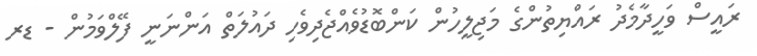
ރައީސް ވަހީދާމެދު ރައްޔިތުންގެ މަޖިލީހުން ކަންބޮޑުވެއްޖެދިވެހި ދައުލަތް އަންނަނީ ފޭލްވަމުން - ޑރ